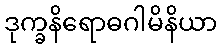
ဒုက္ခနိရောဓဂါမိနိယာ